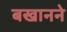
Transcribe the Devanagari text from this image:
बखानने